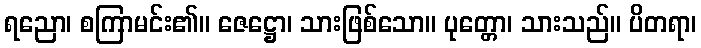
ရညော၊ စကြာမင်း၏။ ဇေဋ္ဌော၊ သားဖြစ်သော။ ပုတ္တော၊ သားသည်။ ပိတရာ၊